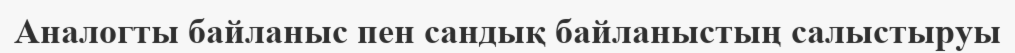
Аналогты байланыс пен сандық байланыстың салыстыруы